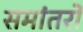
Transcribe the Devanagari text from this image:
समांतरों